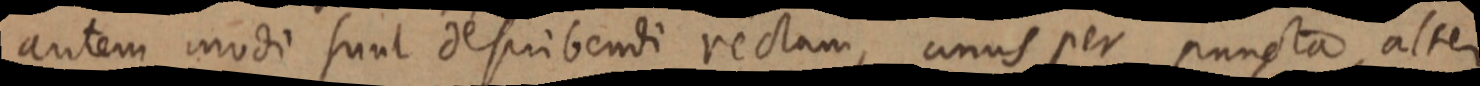
autem modi sunt describendi rectam, unus per puncta, alter